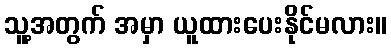
သူ့အတွက် အမှာ ယူထားပေးနိုင်မလား။